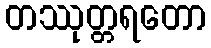
တဿုတ္တရတော